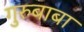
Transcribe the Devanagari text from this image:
गुरुबाबा